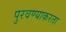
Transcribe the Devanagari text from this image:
पुरवण्याकरता